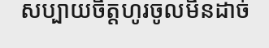
សប្បាយចិត្តហូរចូលមិនដាច់